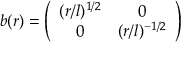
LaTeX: b ( r ) = \left( \begin{array} { c c } { { ( r / l ) ^ { 1 / 2 } } } & { { 0 } } \\ { { 0 } } & { { ( r / l ) ^ { - 1 / 2 } } } \end{array} \right)